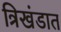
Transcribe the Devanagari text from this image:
त्रिखंडात